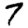
Digit: 7